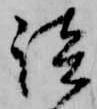
談